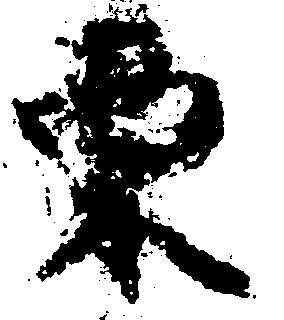
栗